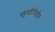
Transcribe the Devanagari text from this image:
बहुपरिपेक्षीय